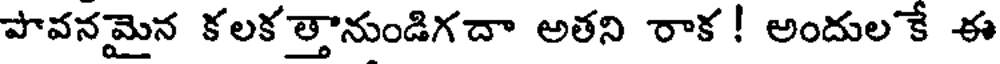
పొవనమైన కలక త్తానుండిగదా అతని రాక ! అందుల కే ఈ